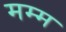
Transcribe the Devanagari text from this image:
मम्म